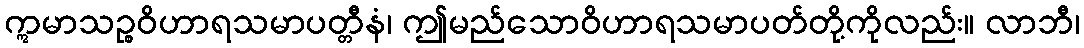
ဣမာသဉ္စဝိဟာရသမာပတ္တီနံ၊ ဤမည်သောဝိဟာရသမာပတ်တို့ကိုလည်း။ လာဘီ၊